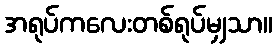
အရုပ်ကလေးတစ်ရုပ်မျှသာ။